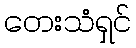
တေးသံရှင်